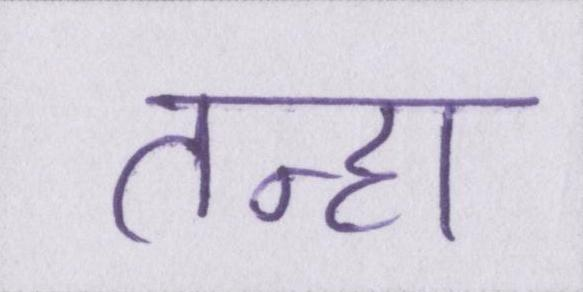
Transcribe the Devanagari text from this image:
तन्हा